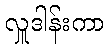
လှူဒါန်းကာ